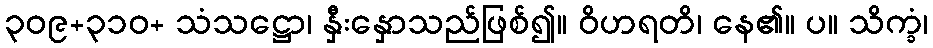
၃၀၉+၃၁၀+ သံသဋ္ဌော၊ နှီးနှောသည်ဖြစ်၍။ ဝိဟရတိ၊ နေ၏။ ပ။ သိက္ခံ၊